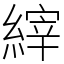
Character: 縡